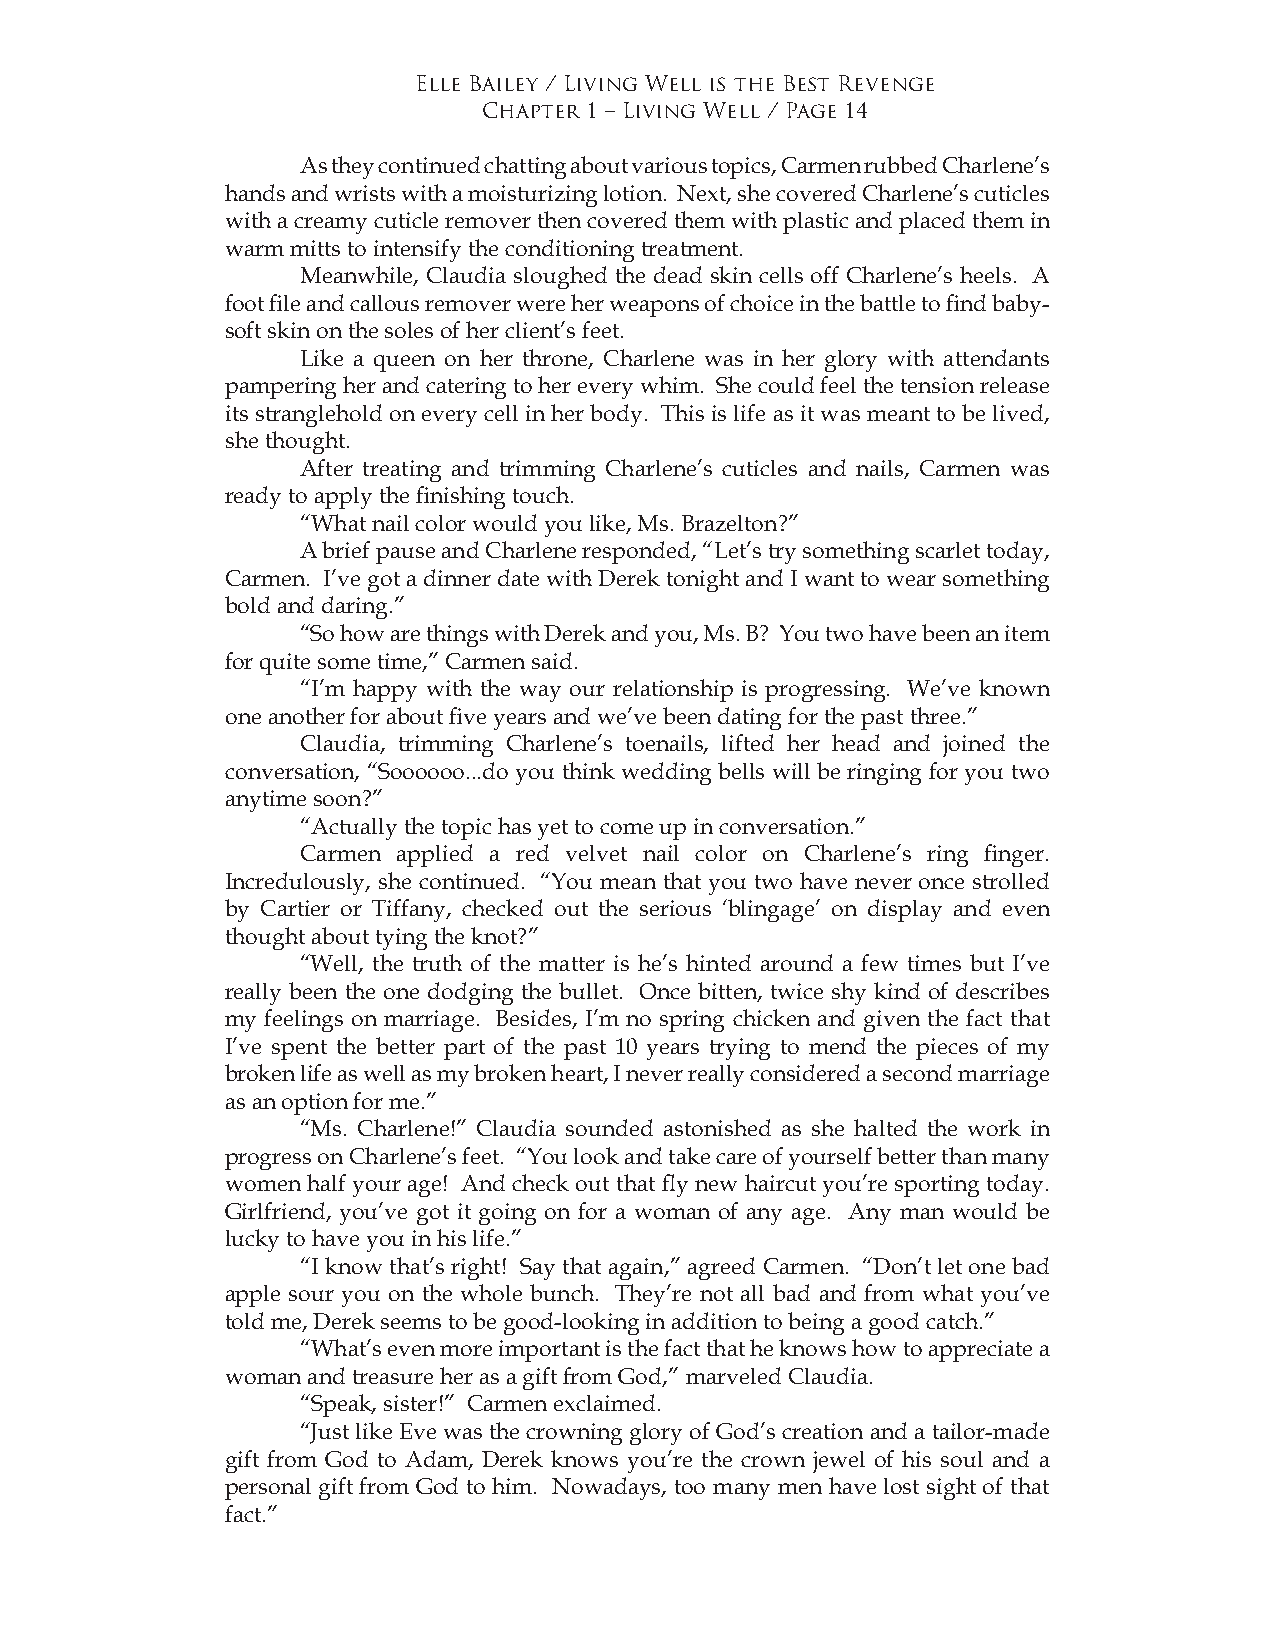
Elle Bailey / Living Well is the Best Revenge
 Chapter 1 – Living Well / Page 14
 As they continued chatting about various topics, Carmen rubbed Charlene’s
 hands and wrists with a moisturizing lotion. Next, she covered Charlene’s cuticles
 with a creamy cuticle remover then covered them with plastic and placed them in
 warm mitts to intensify the conditioning treatment.
 Meanwhile, Claudia sloughed the dead skin cells off Charlene’s heels. A
 foot file and callous remover were her weapons of choice in the battle to find baby-
 soft skin on the soles of her client’s feet.
 Like a queen on her throne, Charlene was in her glory with attendants
 pampering her and catering to her every whim. She could feel the tension release
 its stranglehold on every cell in her body. This is life as it was meant to be lived,
 she thought.
 After treating and trimming Charlene’s cuticles and nails, Carmen was
 ready to apply the finishing touch.
 “What nail color would you like, Ms. Brazelton?”
 A brief pause and Charlene responded, “Let’s try something scarlet today,
 Carmen. I’ve got a dinner date with Derek tonight and I want to wear something
 bold and daring.”
 “So how are things with Derek and you, Ms. B? You two have been an item
 for quite some time,” Carmen said.
 “I’m happy with the way our relationship is progressing. We’ve known
 one another for about five years and we’ve been dating for the past three.”
 Claudia, trimming Charlene’s toenails, lifted her head and joined the
 conversation, “Soooooo...do you think wedding bells will be ringing for you two
 anytime soon?”
 “Actually the topic has yet to come up in conversation.”
 Carmen applied a red velvet nail color on Charlene’s ring finger.
 Incredulously, she continued. “You mean that you two have never once strolled
 by Cartier or Tiffany, checked out the serious ‘blingage’ on display and even
 thought about tying the knot?”
 “Well, the truth of the matter is he’s hinted around a few times but I’ve
 really been the one dodging the bullet. Once bitten, twice shy kind of describes
 my feelings on marriage. Besides, I’m no spring chicken and given the fact that
 I’ve spent the better part of the past 10 years trying to mend the pieces of my
 broken life as well as my broken heart, I never really considered a second marriage
 as an option for me.”
 “Ms. Charlene!” Claudia sounded astonished as she halted the work in
 progress on Charlene’s feet. “You look and take care of yourself better than many
 women half your age! And check out that fly new haircut you’re sporting today.
 Girlfriend, you’ve got it going on for a woman of any age. Any man would be
 lucky to have you in his life.”
 “I know that’s right! Say that again,” agreed Carmen. “Don’t let one bad
 apple sour you on the whole bunch. They’re not all bad and from what you’ve
 told me, Derek seems to be good-looking in addition to being a good catch.”
 “What’s even more important is the fact that he knows how to appreciate a
 woman and treasure her as a gift from God,” marveled Claudia.
 “Speak, sister!” Carmen exclaimed.
 “Just like Eve was the crowning glory of God’s creation and a tailor-made
 gift from God to Adam, Derek knows you’re the crown jewel of his soul and a
 personal gift from God to him. Nowadays, too many men have lost sight of that
 fact.”